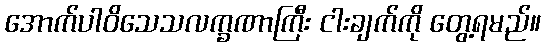
အောက်ပါဝိသေသလက္ခဏာကြီး ငါးချက်ကို တွေ့ရမည်။